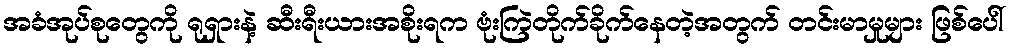
အခံအုပ်စုတွေကို ရုရှားနဲ့ ဆီးရီးယားအစိုးရက ဗုံးကြဲတိုက်ခိုက်နေတဲ့အတွက် တင်းမာမှုများ ဖြစ်ပေါ်